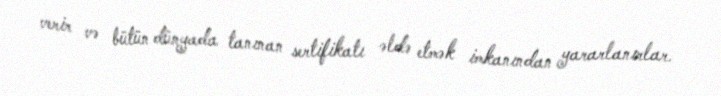
verir və bütün dünyada tanınan sertifikatı əldə etmək imkanından yararlanırlar.